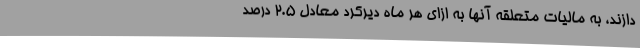
دازند، به مالیات متعلقه آنها به ازای هر ماه دیرکرد معادل ۲.۵ درصد